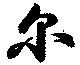
尓